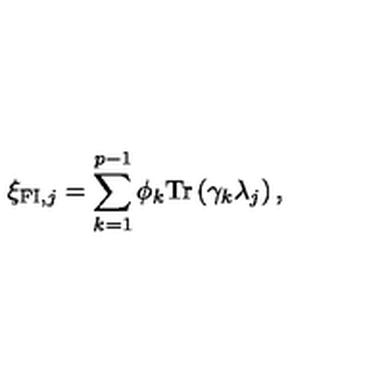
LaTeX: \xi _ { \mathrm { { \small F I } } , j } = \sum _ { k = 1 } ^ { p - 1 } \phi _ { k } \mathrm { T r } \left( \gamma _ { k } \lambda _ { j } \right) ,